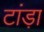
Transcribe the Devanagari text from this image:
टांड़ा